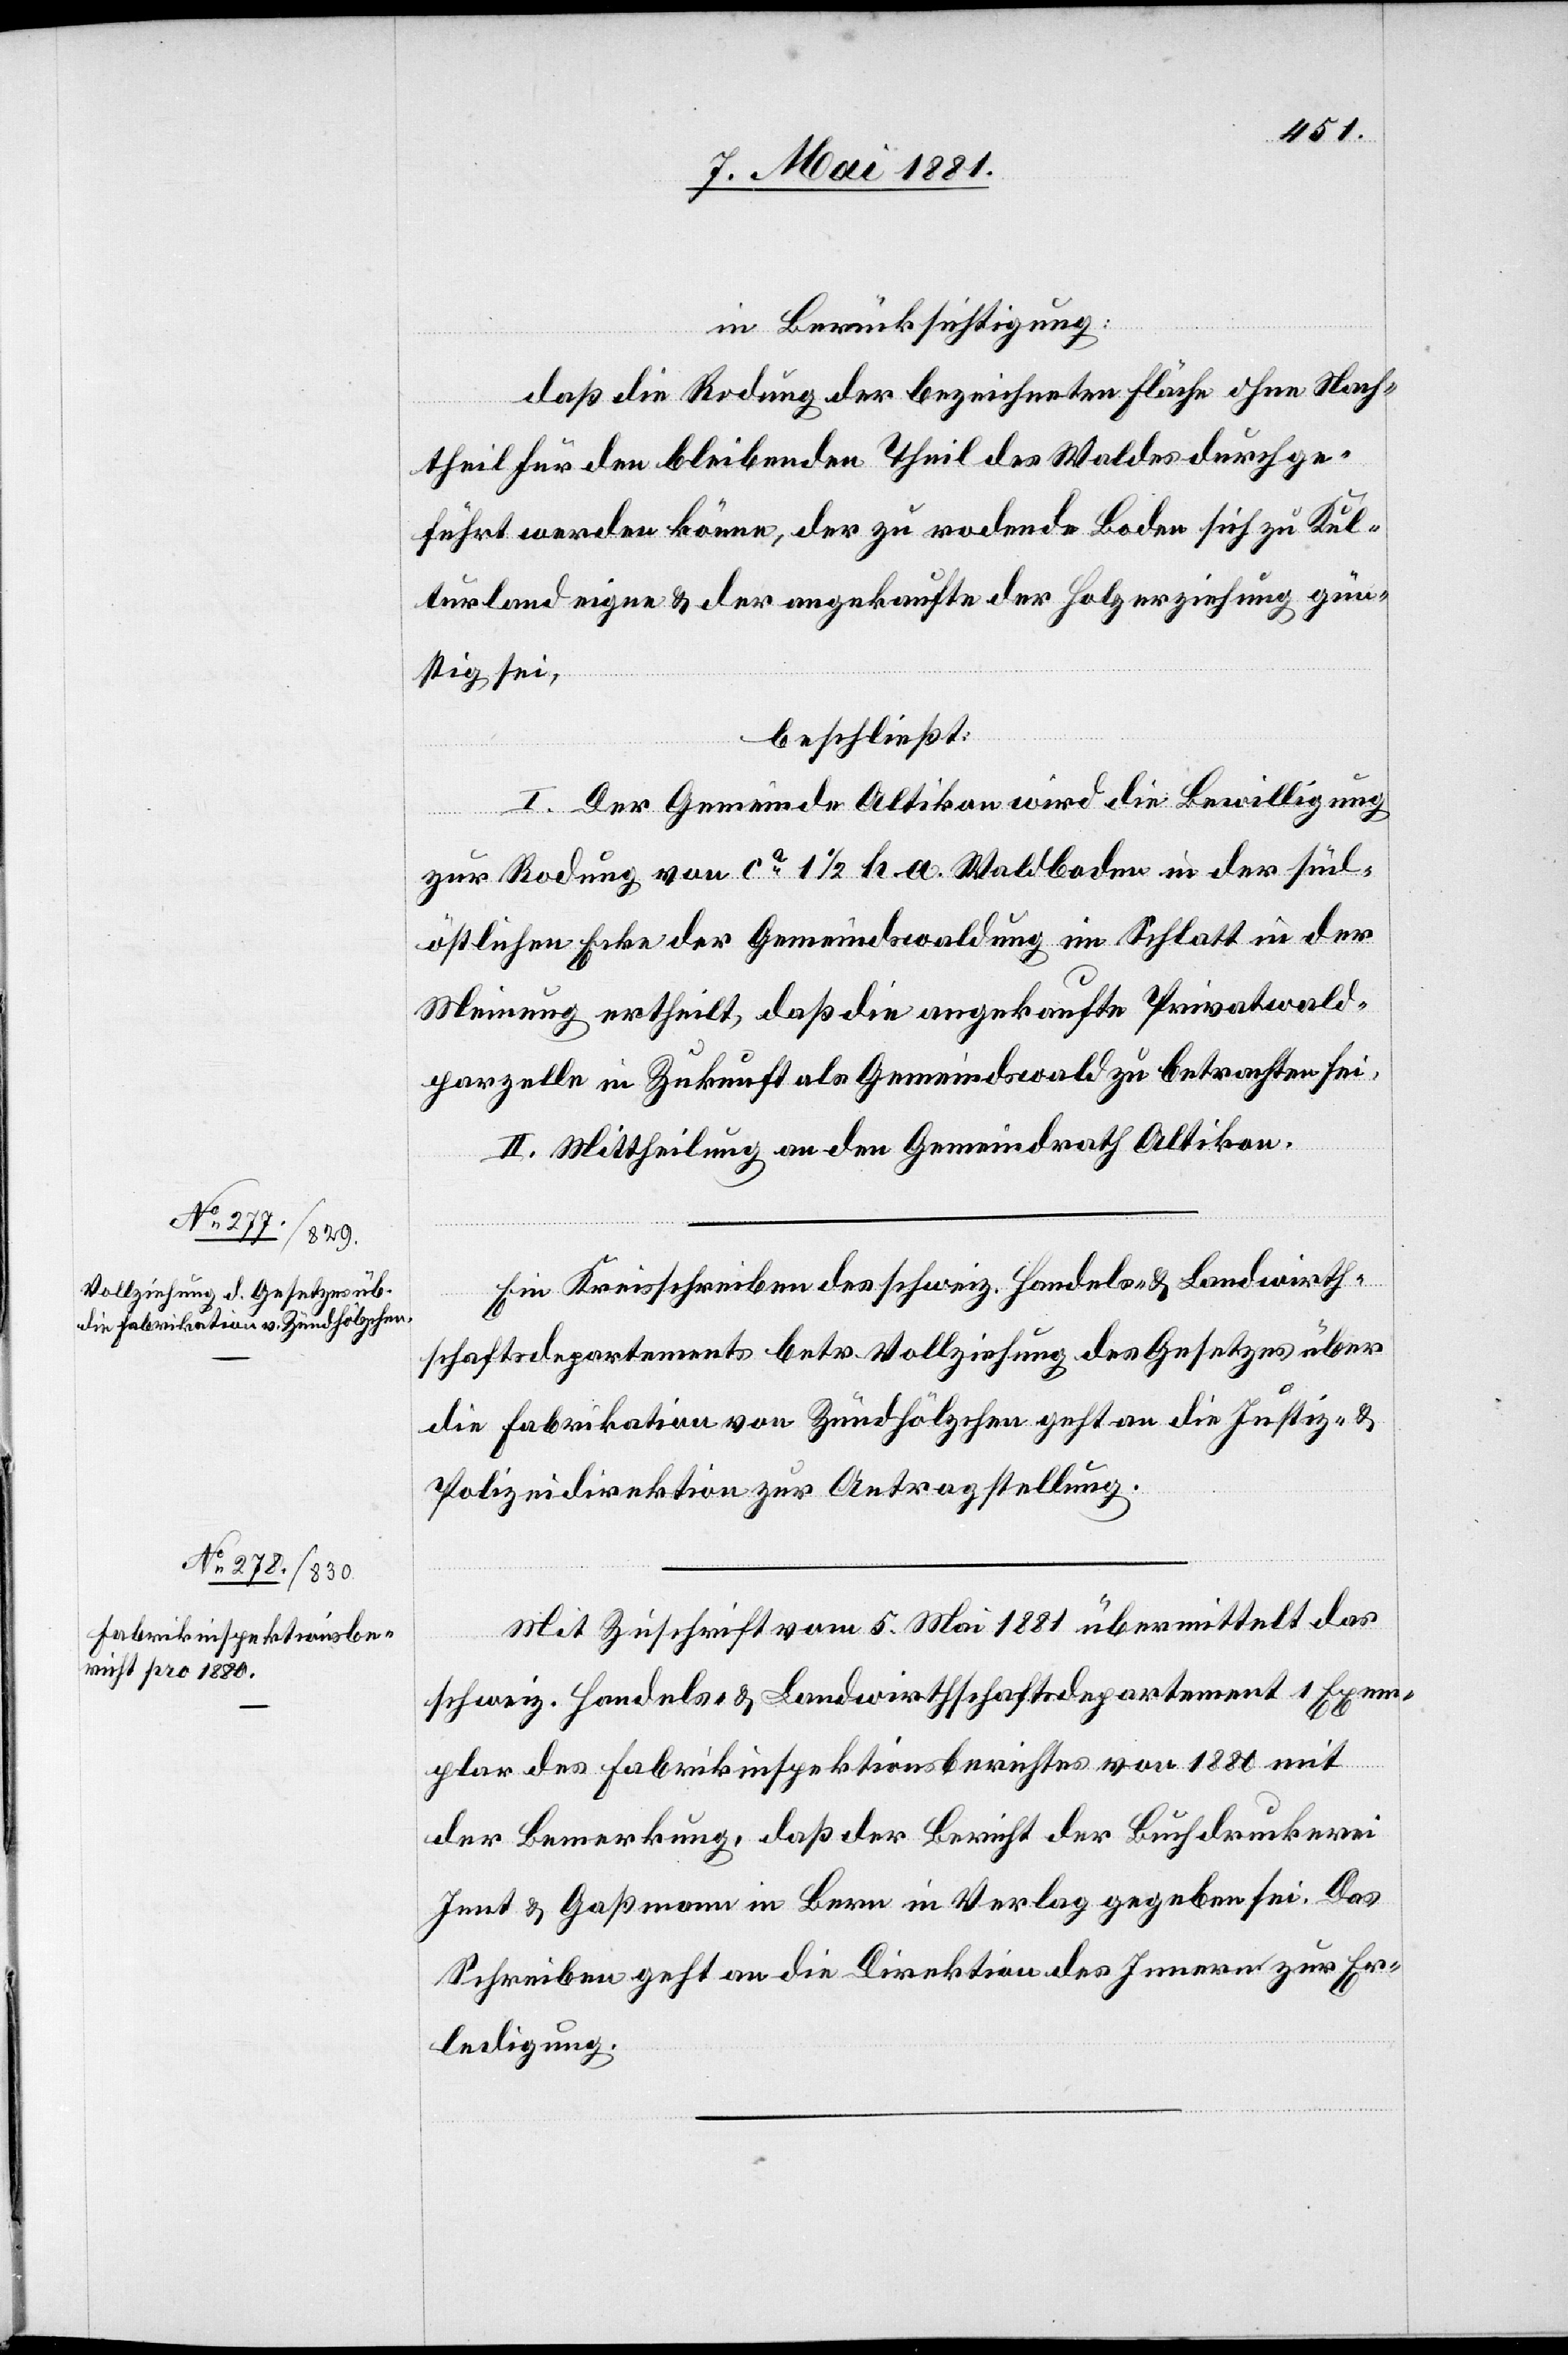
in Berücksichtigung:
daß die Rodung der bezeichneten Fläche ohne Nach¬
theil für den bleibenden Theil des Waldes durchge¬
führt werden könne, der zu rodende Boden sich zu Kul¬
turland eigne & der angekaufte der Holzerziehung gün¬
stig sei,
beschließt:
I. Der Gemeinde Altikon wird die Bewilligung
zu Rodung von ca 11/2 h.a. Waldboden in der süd¬
östlichen Ecke der Gemeindwaldung im Schlatt in der
Meinung ertheilt, daß die angekaufte Privatwald¬
parzelle in Zukunft als Gemeindwald zu betrachten sei.
II. Mittheilung an den Gemeindrath Altikon.
Ein Kreisschreiben des schweiz. Handels- & Landwirth¬
schaftsdepartements betr. Vollziehung des Gesetzes über
die Fabrikation von Zündhölzchen geht an die Justiz- &
Polizeidirektion zur Antragstellung.
Mit Zuschrift vom 5. Mai 1881 übermittelt das
schweiz. Handels- & Landwirthschaftsdepartement 1 Exem¬
plar des Fabrikinspektionsberichtes von 1880 mit
der Bemerkung, daß der Bericht der Buchdruckerei
Jent & Gaßmann in Bern in Verlag gegeben sei. Das
Schreiben geht an die Direktion des Innern zur Er¬
ledigung.